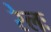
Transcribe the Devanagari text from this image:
रेलः